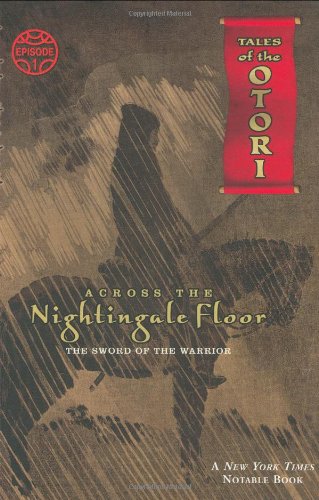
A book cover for Across the Nightingale Floor, Episode 1: The Sword of the Warrior (Tales of the Otori); Lian Hearn; Teen & Young Adult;